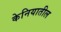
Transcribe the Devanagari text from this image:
केनियातील